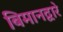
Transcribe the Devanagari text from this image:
बिमानद्वारे